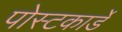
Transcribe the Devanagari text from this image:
पोस्टकार्डे